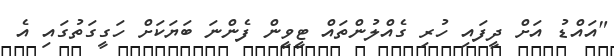
"އައްޑު އަށް ދީފައި ހުރި ގެއްލުންތައް ޓީވީން ފެންނަ ބަޔަކަށް ހަގީގަތުގައި އެ